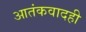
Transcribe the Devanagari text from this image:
आतंकवादही